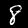
Label: 8